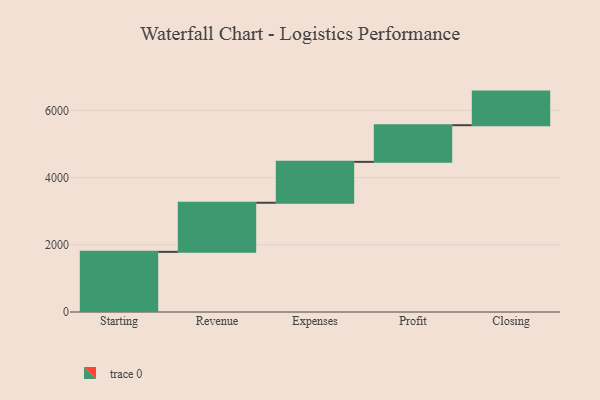
{"axis": {"x": "Step", "y": "Value"}, "legend": [""], "data": [{"x": "Starting", "y": 1790.0, "type": ""}, {"x": "Revenue", "y": 1461.0, "type": ""}, {"x": "Expenses", "y": 1217.0, "type": ""}, {"x": "Profit", "y": 1091.0, "type": ""}, {"x": "Closing", "y": 1000, "type": ""}]}